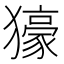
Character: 𤢭